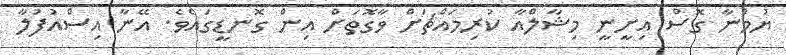
ޔުމްނާ ގޮސް އިށީނީ މިޝާލްއާ ކުރިމައްޗަށް ވާގޮތަށް އިން ގޮނޑީގައެވެ. އޭނާ އިސްއުފުލާ